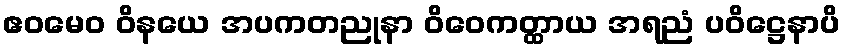
ဧဝမေဝ ဝိနယေ အပကတညုနာ ဝိဝေကတ္ထာယ အရညံ ပဝိဋ္ဌေနာပိ